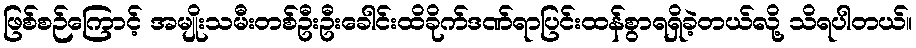
ဖြစ်စဉ်ကြောင့် အမျိုးသမီးတစ်ဦးဦးခေါင်းထိခိုက်ဒဏ်ရာပြင်းထန်စွာရရှိခဲ့တယ်လို့ သိရပါတယ်။